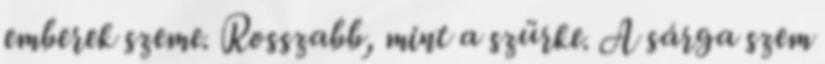
emberek szeme. Rosszabb, mint a szürke. A sárga szem